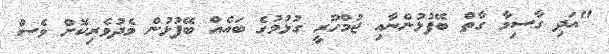
"އަދި ގާސިމާ ގާތް ބޭފުޅުންނާއި ޖުމްހޫރީ ގުޅުމުގެ ބައެއް ބޭފުޅުން މެދުވެރިކޮށް ވެސް